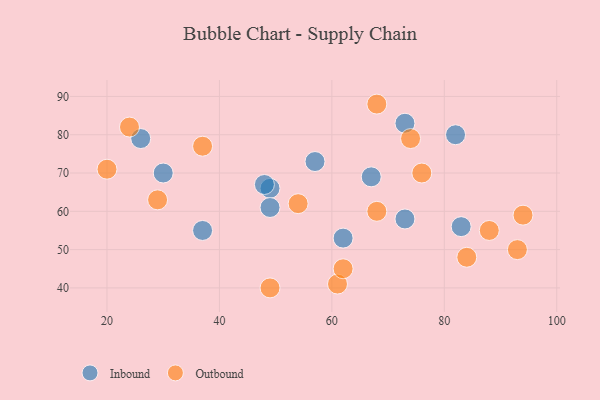
{"axis": {"x": "GDP", "y": "Life Expectancy"}, "legend": ["Inbound", "Outbound"], "data": [{"x": "73", "y": 83, "type": "Inbound"}, {"x": "49", "y": 66, "type": "Inbound"}, {"x": "48", "y": 67, "type": "Inbound"}, {"x": "37", "y": 55, "type": "Inbound"}, {"x": "30", "y": 70, "type": "Inbound"}, {"x": "73", "y": 58, "type": "Inbound"}, {"x": "49", "y": 61, "type": "Inbound"}, {"x": "62", "y": 53, "type": "Inbound"}, {"x": "82", "y": 80, "type": "Inbound"}, {"x": "83", "y": 56, "type": "Inbound"}, {"x": "67", "y": 69, "type": "Inbound"}, {"x": "57", "y": 73, "type": "Inbound"}, {"x": "26", "y": 79, "type": "Inbound"}, {"x": "61", "y": 41, "type": "Outbound"}, {"x": "68", "y": 60, "type": "Outbound"}, {"x": "20", "y": 71, "type": "Outbound"}, {"x": "76", "y": 70, "type": "Outbound"}, {"x": "62", "y": 45, "type": "Outbound"}, {"x": "37", "y": 77, "type": "Outbound"}, {"x": "74", "y": 79, "type": "Outbound"}, {"x": "49", "y": 40, "type": "Outbound"}, {"x": "93", "y": 50, "type": "Outbound"}, {"x": "88", "y": 55, "type": "Outbound"}, {"x": "68", "y": 88, "type": "Outbound"}, {"x": "29", "y": 63, "type": "Outbound"}, {"x": "24", "y": 82, "type": "Outbound"}, {"x": "84", "y": 48, "type": "Outbound"}, {"x": "54", "y": 62, "type": "Outbound"}, {"x": "94", "y": 59, "type": "Outbound"}]}